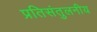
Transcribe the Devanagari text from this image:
प्रतिसंतुलनीय